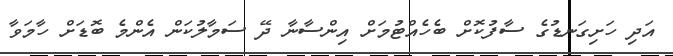
އަދި ހަށިގަނޑުގެ ސާފުކޮށް ބެހެއްޓުމަށް އިންސާނާ ދޭ ސަމާލުކަން އެންމެ ބޮޑަށް ހާމަވާ